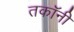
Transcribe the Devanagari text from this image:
तकॉनी